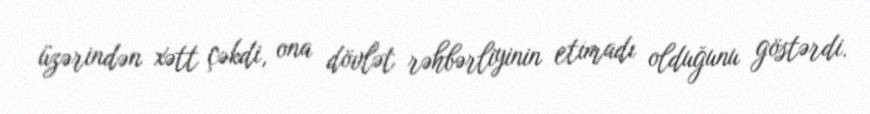
üzərindən xətt çəkdi, ona dövlət rəhbərliyinin etimadı olduğunu göstərdi.